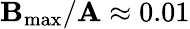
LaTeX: \mathbf{B}_{\operatorname*{max}}/\mathbf{A}\approx0.01